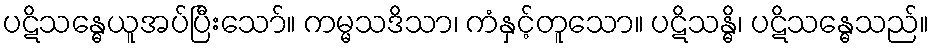
ပဋိသန္ဓေယူအပ်ပြီးသော်။ ကမ္မသဒိသာ၊ ကံနှင့်တူသော။ ပဋိသန္ဓိ၊ ပဋိသန္ဓေသည်။